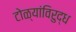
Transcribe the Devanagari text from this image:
टोळ्यांविरुद्ध